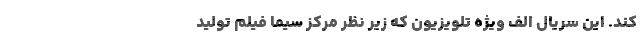
کند. این سریال الف ویژه تلویزیون که زیر نظر مرکز سیما فیلم تولید